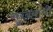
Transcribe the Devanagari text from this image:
सुरबयाची